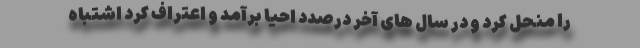
را منحل کرد و در سال های آخر درصدد احیا برآمد و اعتراف کرد اشتباه